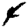
Digit: 4